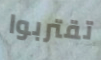
تقتربوا